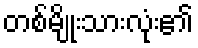
တစ်မျိုးသားလုံး၏